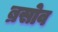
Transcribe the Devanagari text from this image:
ब्रसोव